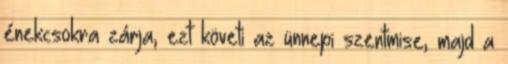
énekcsokra zárja, ezt követi az ünnepi szentmise, majd a